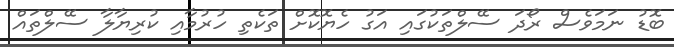
ބޮޑު ނަމަވެސް ރޯދަ ސޭލްތަކުގައި އަގު ހެޔޮކޮށް ތަކެތި ހުރުމާއި ކުރިޔާލާ ސޭލްތައް